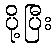
ပို့ပြီး